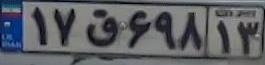
۱۷ق۶۹۸۱۳